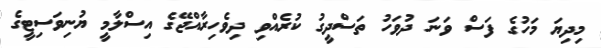
މިދިޔަ މަހުގެ ފަސް ވަނަ ދުވަހު ތަސްދީގު ކުރެއްވި ދިވެހިރާއްޖޭގެ އިސްލާމީ ޔުނިވަަސިޓީގެ